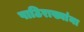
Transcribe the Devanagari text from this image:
पाठिराख्यांना